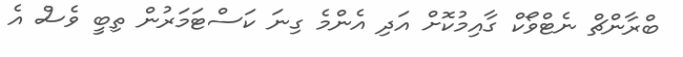
ބްރާންޗް ނެޓްވޯކް ގާއިމުކޮށް އަދި އެންމެ ގިނަ ކަސްޓަމަރުން ތިބީ ވެސް އެ